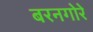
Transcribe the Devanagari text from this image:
बरनगोरे